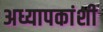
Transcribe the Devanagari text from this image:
अध्यापकांशी